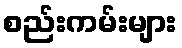
စည်းကမ်းများ